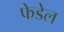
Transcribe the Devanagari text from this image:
फेडेल